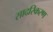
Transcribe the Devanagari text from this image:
सादरिकरण